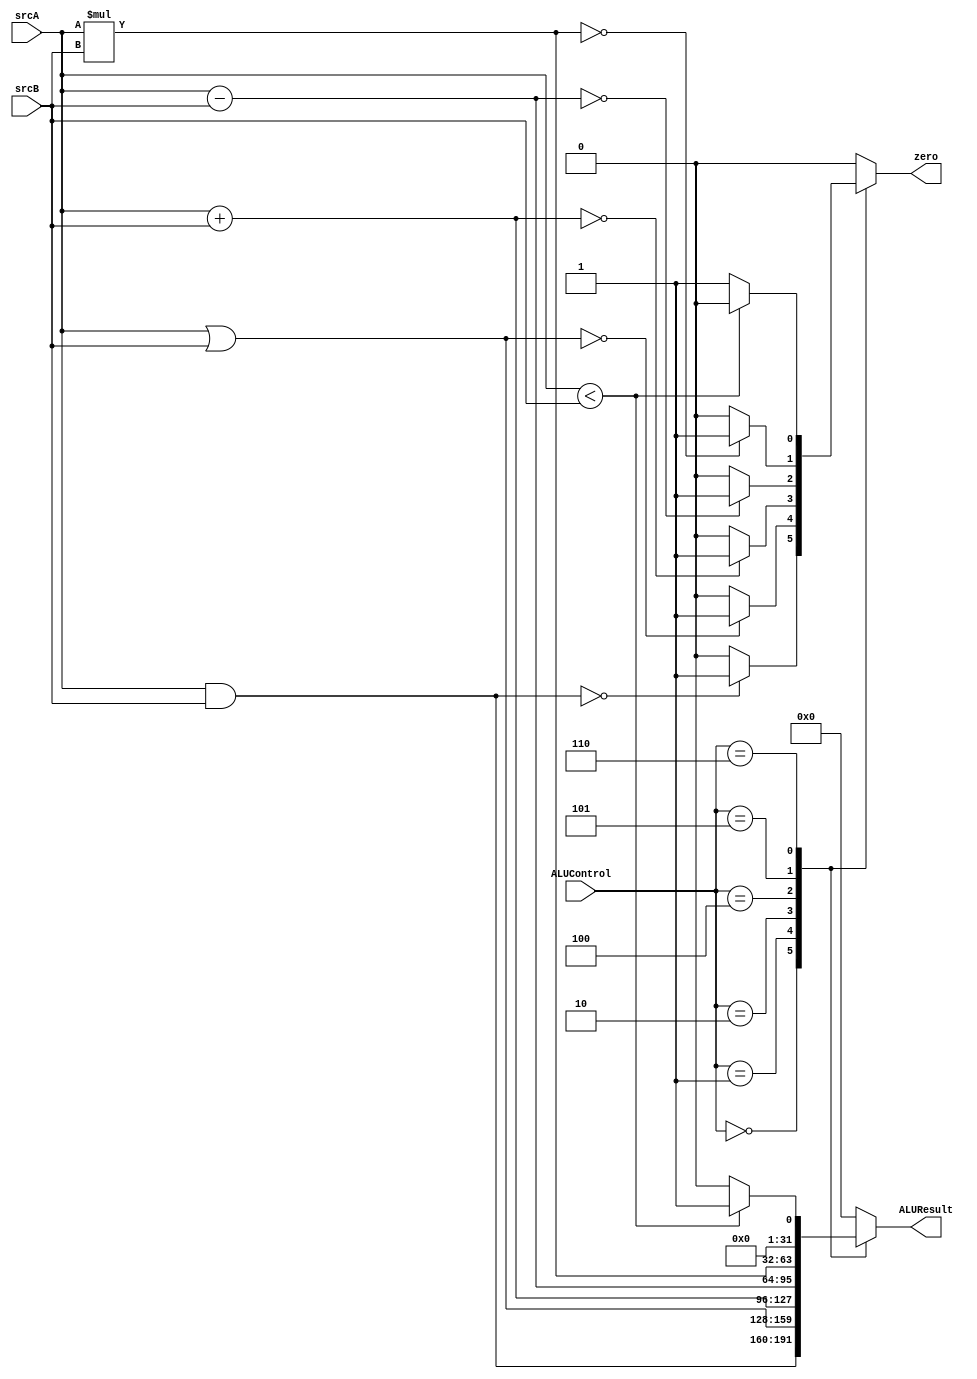
module ALU (

input     wire    [31:0]    srcA,srcB,
input     wire    [2:0]     ALUControl,
output    reg               zero,
output    reg     [31:0]    ALUResult

);

always @(*)
begin

ALUResult=32'b0;
zero=1'b0;

case(ALUControl)

3'b000:

begin

ALUResult=srcA & srcB;

if(!ALUResult)
zero=1'b1;

end

3'b001:

begin

ALUResult=srcA | srcB;

if(!ALUResult)
zero=1'b1;

end

3'b010:

begin

ALUResult=srcA + srcB;

if(!ALUResult)
zero=1'b1;

end

3'b100:

begin

ALUResult=srcA - srcB;

if(!ALUResult)
zero=1'b1;

end

3'b101:

begin

ALUResult=srcA * srcB;

if(!ALUResult)
zero=1'b1;

end

3'b110:

begin

if(srcA < srcB)
begin
ALUResult=32'b1;
zero=1'b0;
end

else
begin
ALUResult=32'b0;
zero=1'b1;
end

end

default:

begin

ALUResult=32'b0;
zero=0;

end

endcase

end

endmodule